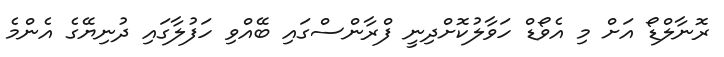
ރޮނާލްޑޯ އަށް މި އެވޯޑް ހަވާލުކޮށްދިނީ ފްރާންސްގައި ބޭއްވި ހަފުލާގައި ދުނިޔޭގެ އެންމެ